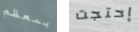
بمعظم إحتجت